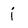
Character: j